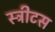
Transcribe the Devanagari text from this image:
स्ट्रीटस